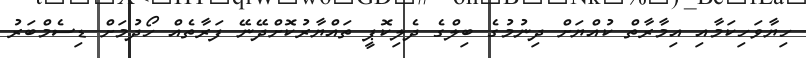
ހިޔާވަހިކަމާއި އިމާރާތް ކުއްޔަށް ދިނުމުގެ ބިލްގެ ދެލިކޮޕީ ތައްޔާރުކޮށްދޭނޭ ފަރާތެއް ހޯދުމަށް ޑިސެމްބަރު